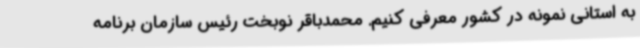
به استانی نمونه در کشور معرفی کنیم. محمدباقر نوبخت رئیس سازمان برنامه